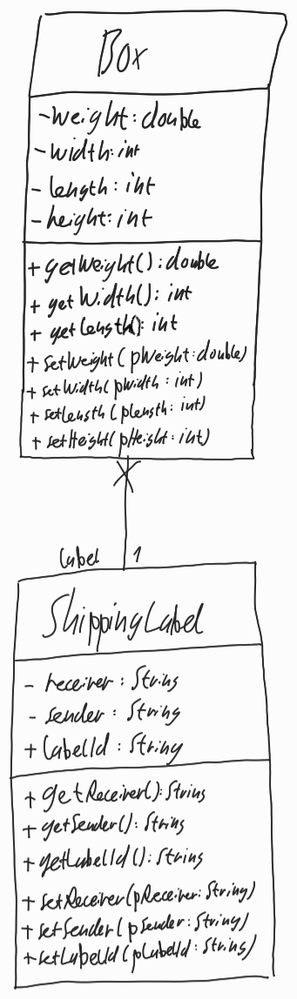
Diagram type: class_diagram
```plantuml
@startuml

class Box {
  - weight: int
  - width: int
  - length: int
  - height: int
  + getWeight(): double
  + getWidth(): int
  + getLength(): int
  + setWeight(pWeight: double)
  + setWidth(pWidth: int)
  + setLength(pLength: int)
  + setHeight(pHeight: int)
}

class ShippingLabel {
  - receiver: String
  - sender: String
  + labelId: String
  + getReceiver(): String
  + getSender(): String
  + getLabelId(): String
  + setReceiver(pReceiver: String)
  + setSender(pSender: String)
  + setLabelId(pLabelId: String)
}

Box x-- "label 1" ShippingLabel

@enduml
```